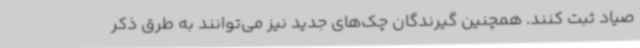
صیاد ثبت کنند. همچنین گیرندگان چک‌های جدید نیز می‌توانند به طرق ذکر